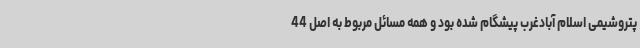
پتروشیمی اسلام آبادغرب پیشگام شده بود و همه مسائل مربوط به اصل 44